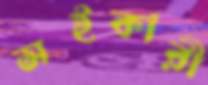
সইকারী